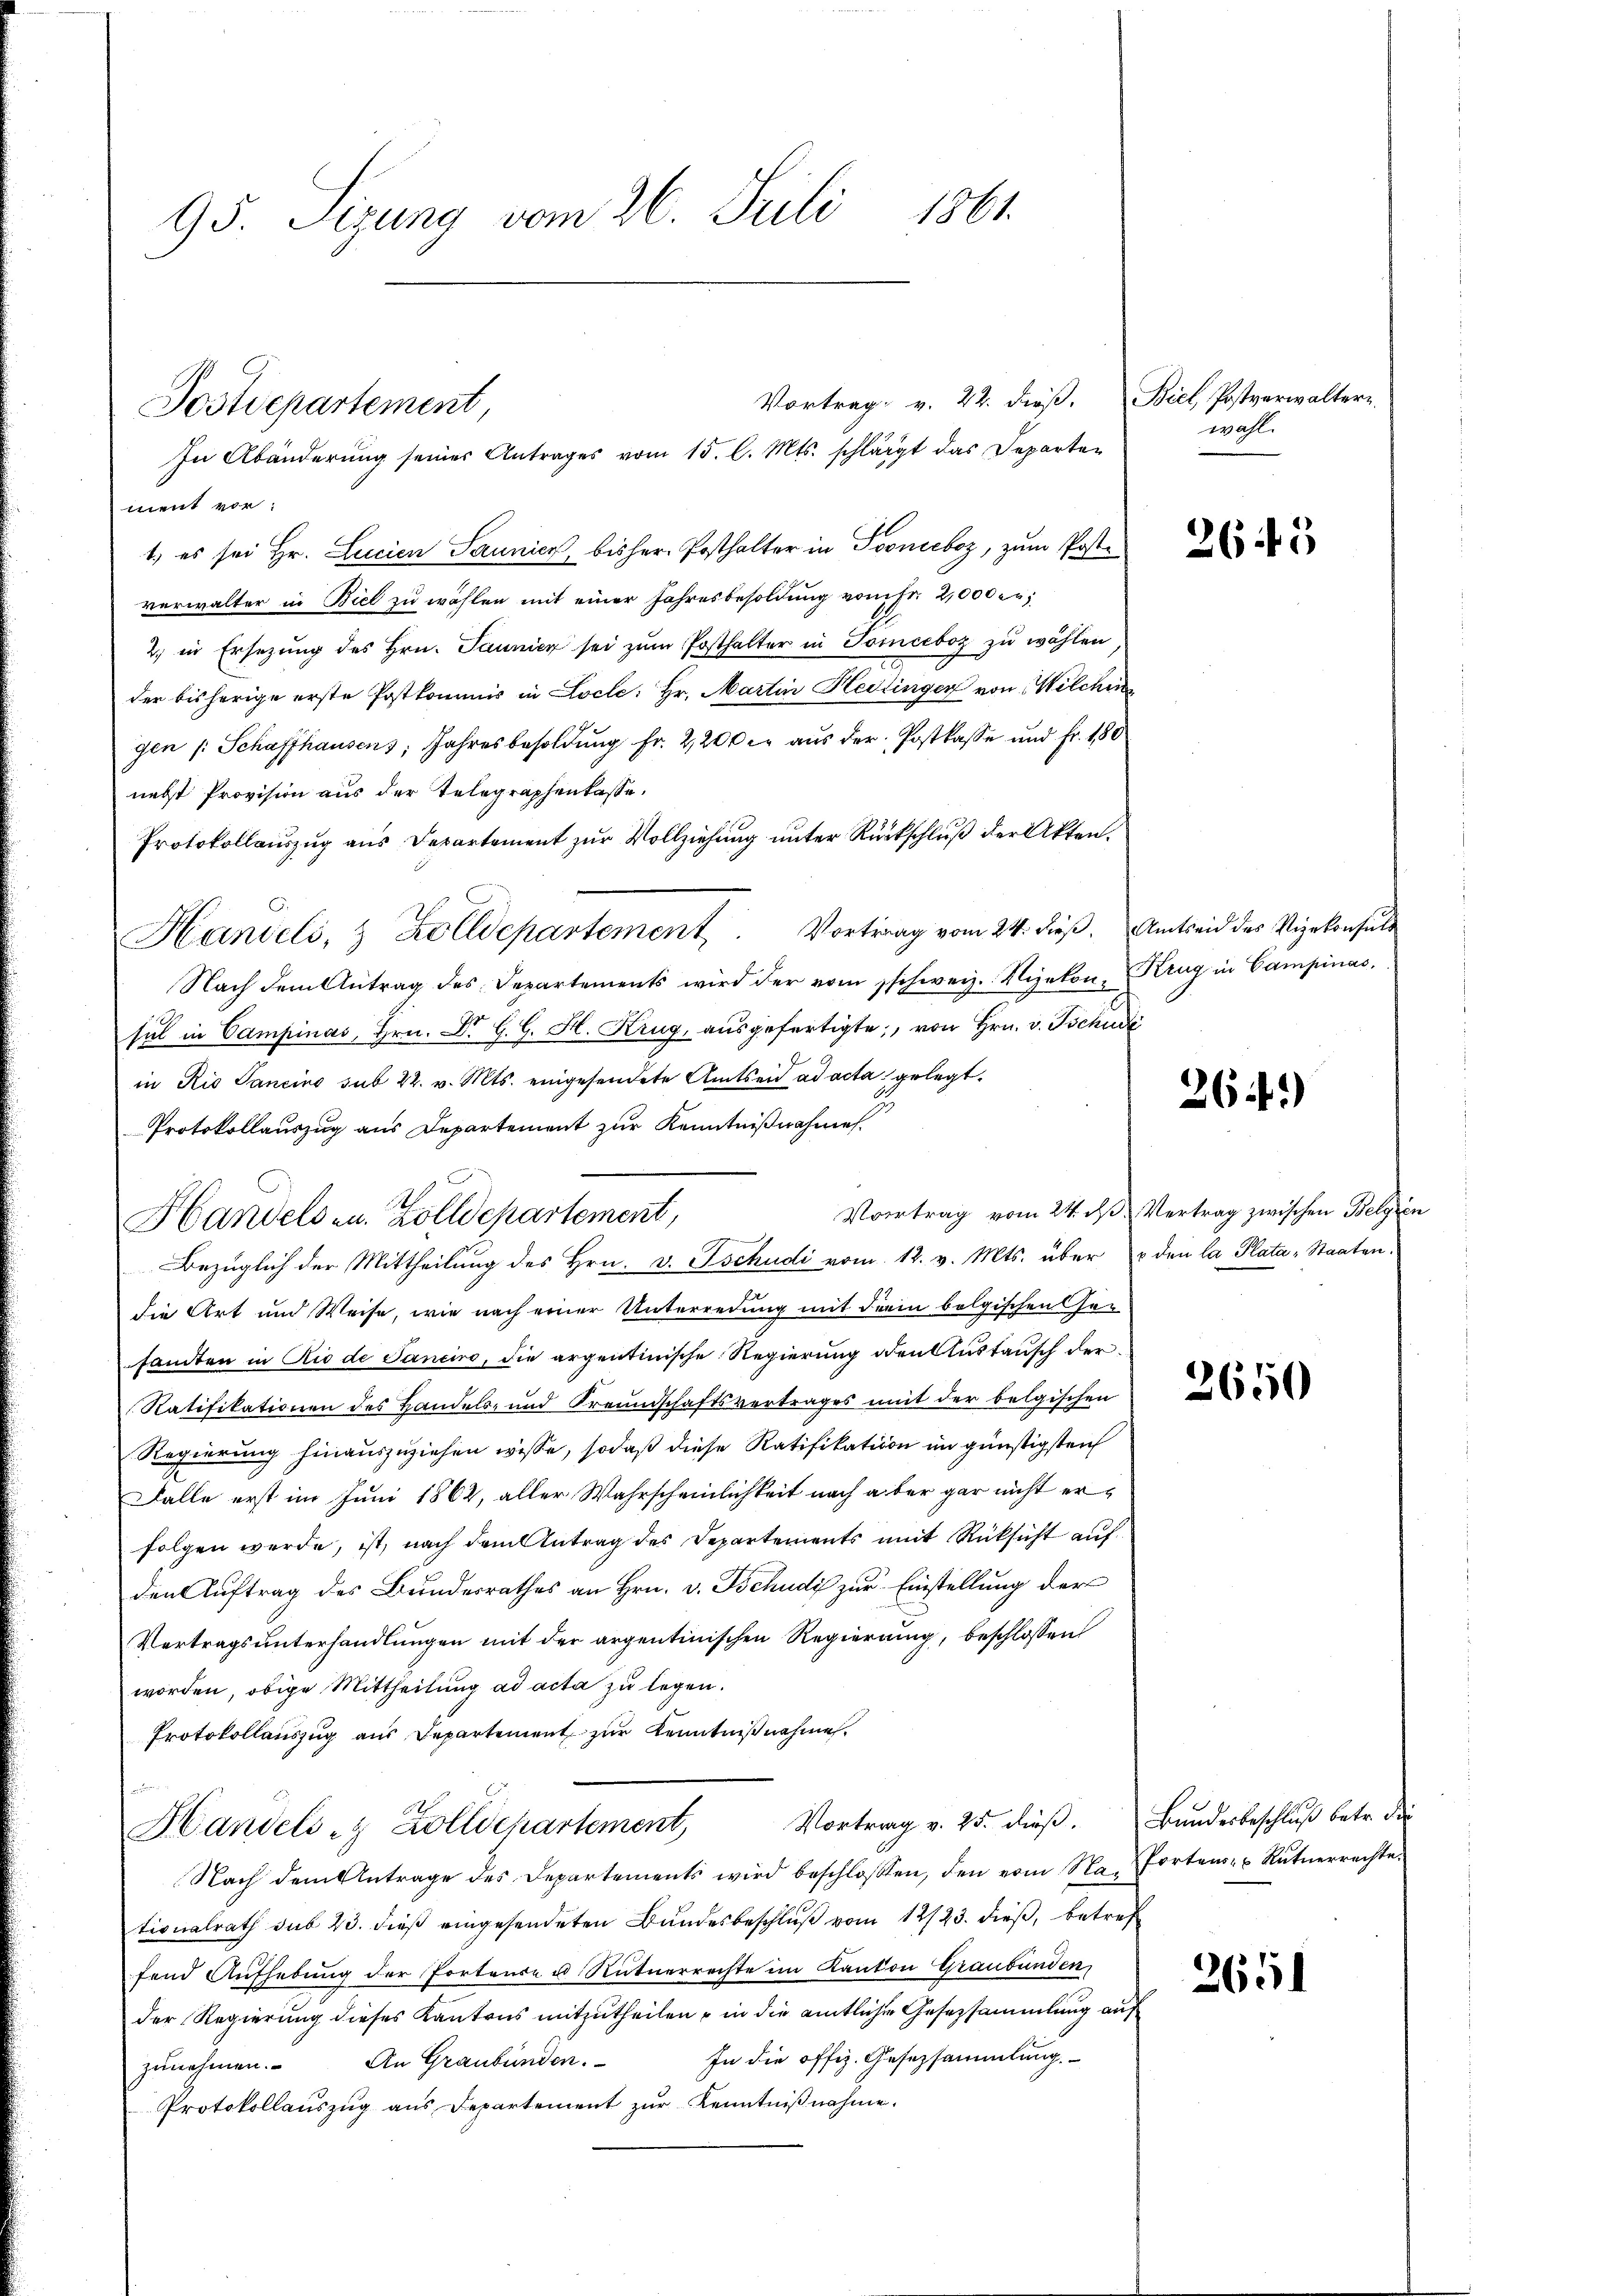
95. Sizung vom 26. Juli 1861.

Postdepartement,

Vortrag v. 22. dieß.
In Abänderung seiner Antrages vom 15. l. Mts. schlägt das Departen
ment vor.
1.) es sei Hr. Lucien Paunici, bisher Posthalter in Toneboz, zum Postverwalter in Biel zu wählen mit einer Jahresbesoldung vom Fr. 2,000.
2. in Ersezung des Hrn. Jaunicz sei zum Posthalter in Tomieboz zu wählen
der bisherige erste Postkommis in Locle: Hr. Martin Hettinger von Wilchin
gen /: Schaffhausens Jahresbesoldung fr. 2200 er aus der Postkasse und Fr. 180
nebst Provision aus der Telegraphenkasse.
Protokollauszug aus Departement zur Vollziehung unter Rückschluß der Akten.
Hanieli, 3 Zolldepartement. Vortrag vom 24. dieß. Amtseid des Vizekonsult
Nach dem Antrag des Departements wird der vom schweiz. Nizekon, Krug in Campinas.
sul in Campinas, Hrn. Dr G. G. F. Krug, ausgefertigte, von Hrn. v. Tschud
in Rio Sancino sub 22. v. Mts. eingesendete Amtseid ad acta gelegt.
Protokollauszug aus Departement zur Kenntnißnahmes¬
Handels- u. Zolldepartement,
1
Bezüglich der Mittheilung des Hrn. v. Tschudi vom 12. v. Mts. über den la Plata - Staaten.
die Art und Weise, wie nach einer Unterredung mit drei bolgischen Gesamten in Rio de Sanciro, die argentinische Regierung den Austausch der
Ratifikationen des Handels- und Freundschaftsvertrages mit der belgischen
Regierung hinauszuziehen wisse, sodaß diese Ratifikation im günstigsten
Falle erst im Juni 1862, aller Wahrscheinlichkeit nach aber gar nicht erfolgen werde, ist, nach dem Antrag des Departements mit Rücksicht auf
den Auftrag des Bundesrathes an Hrn. v. Tschudi zur Einstellung der
Vertragsunterhandlungen mit der argentinischen Regierung, beschlossen
worden, obige Mittheilung ad acta zu legen.
Protokollauszug aus Departement zur Kenntniß nehmen.
Vortrag v. 25. dieß. Bundesbeschluß betr. die
Handels- & Zollichartement
Nach dem Antrage des Departements wird beschlossen, den vom Na- orten- u Rŭtnerrachte.
tionalrath sub 23. dieß eingesendeten Bundesbeschluß vom 12/23. dieß, betref
fend Aufhebung der Portende u. Rütnerrechte im Kanton Graubünden,
der Regierung dieses Kantons mitzutheilen, in die amtliche Gesetzsammlung auf
In die offiz. Gesezsammlung.
zunehmen. An Graubünden.
Protokollauszug aus Departement zur Kenntnißnahme.

Biel, Postverwaltern.
wahl.

265

264)

Vortrag vom 24. ds Vertrag zwischen Belgien

2650

2651